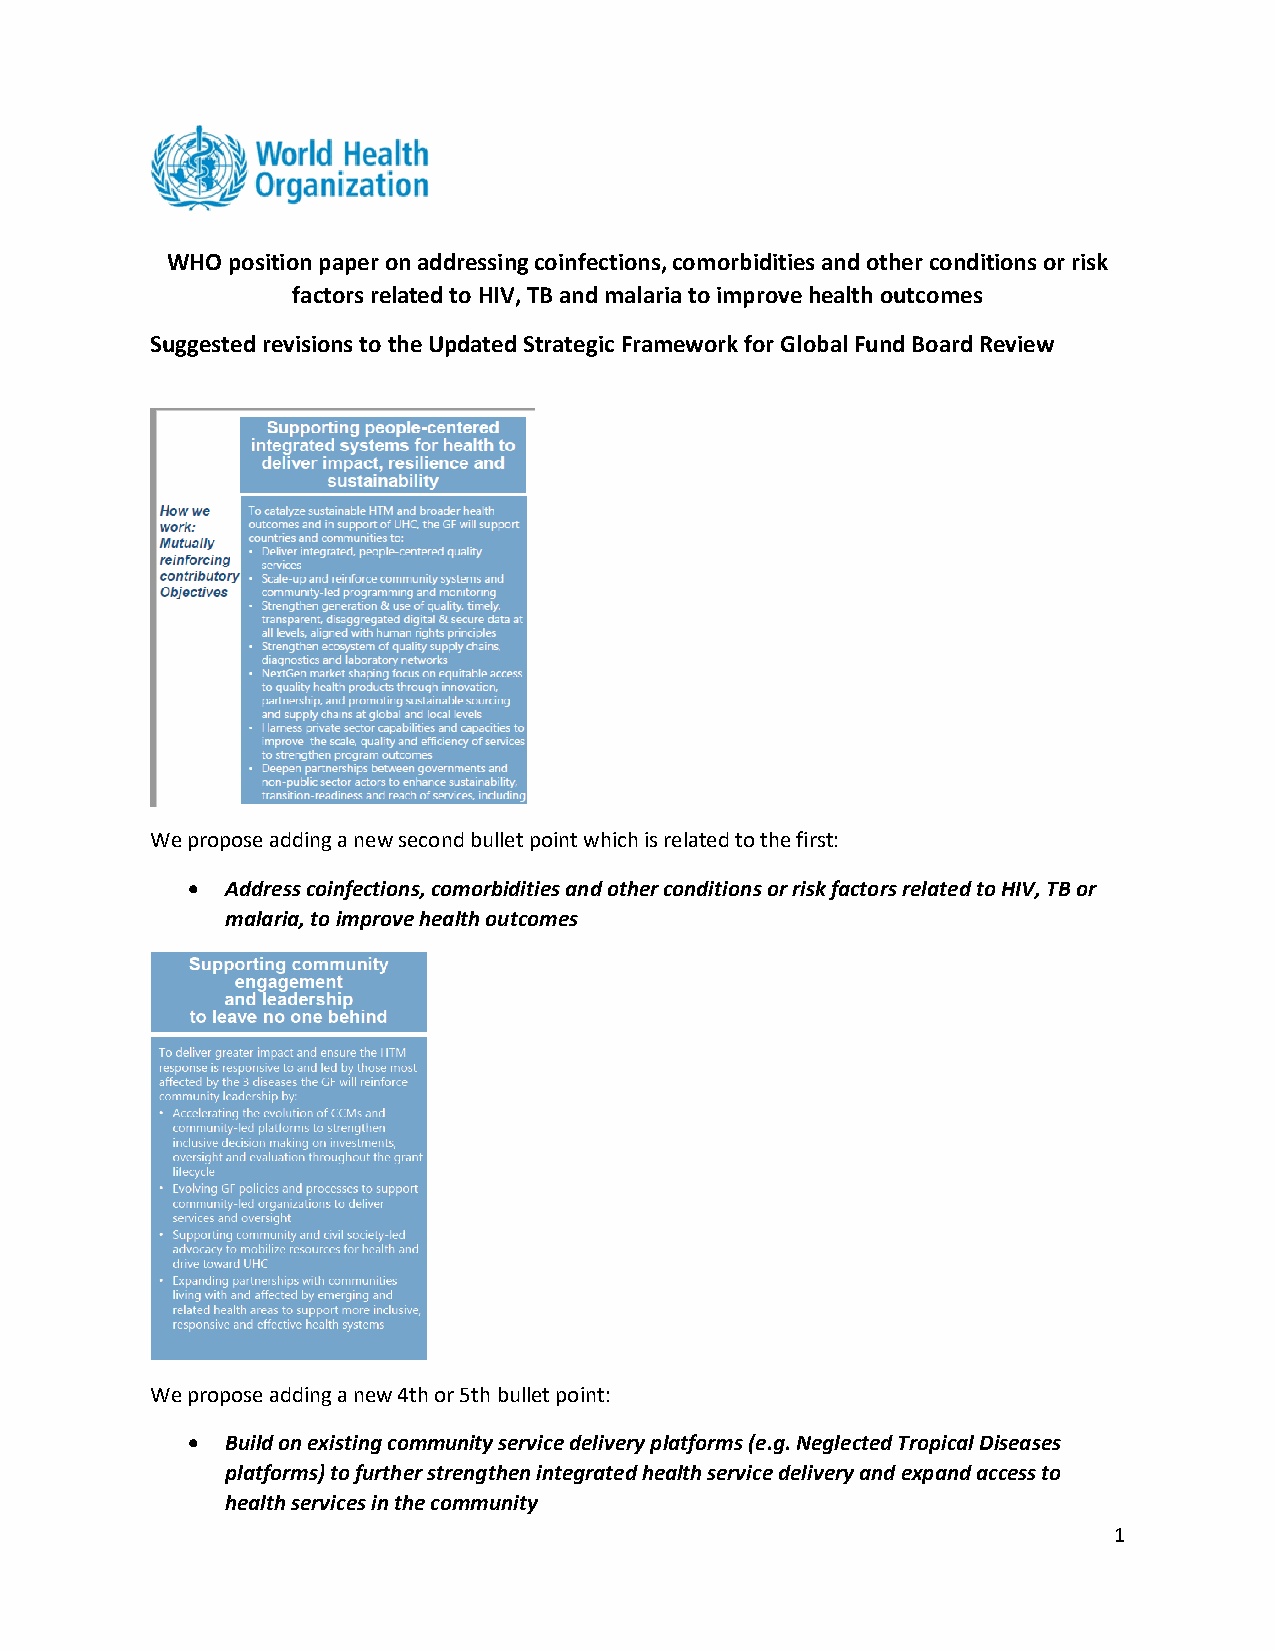
WHO position paper on addressing coinfections, comorbidities and other conditions or risk
 factors related to HIV, TB and malaria to improve health outcomes
 Suggested revisions to the Updated Strategic Framework for Global Fund Board Review
 We propose adding a new second bullet point which is related to the first:
 •  Address coinfections, comorbidities and other conditions or risk factors related to HIV, TB or
 malaria, to improve health outcomes
 We propose adding a new 4th or 5th bullet point:
 •  Build on existing community service delivery platforms (e.g. Neglected Tropical Diseases
 platforms) to further strengthen integrated health service delivery and expand access to
 health services in the community
 1